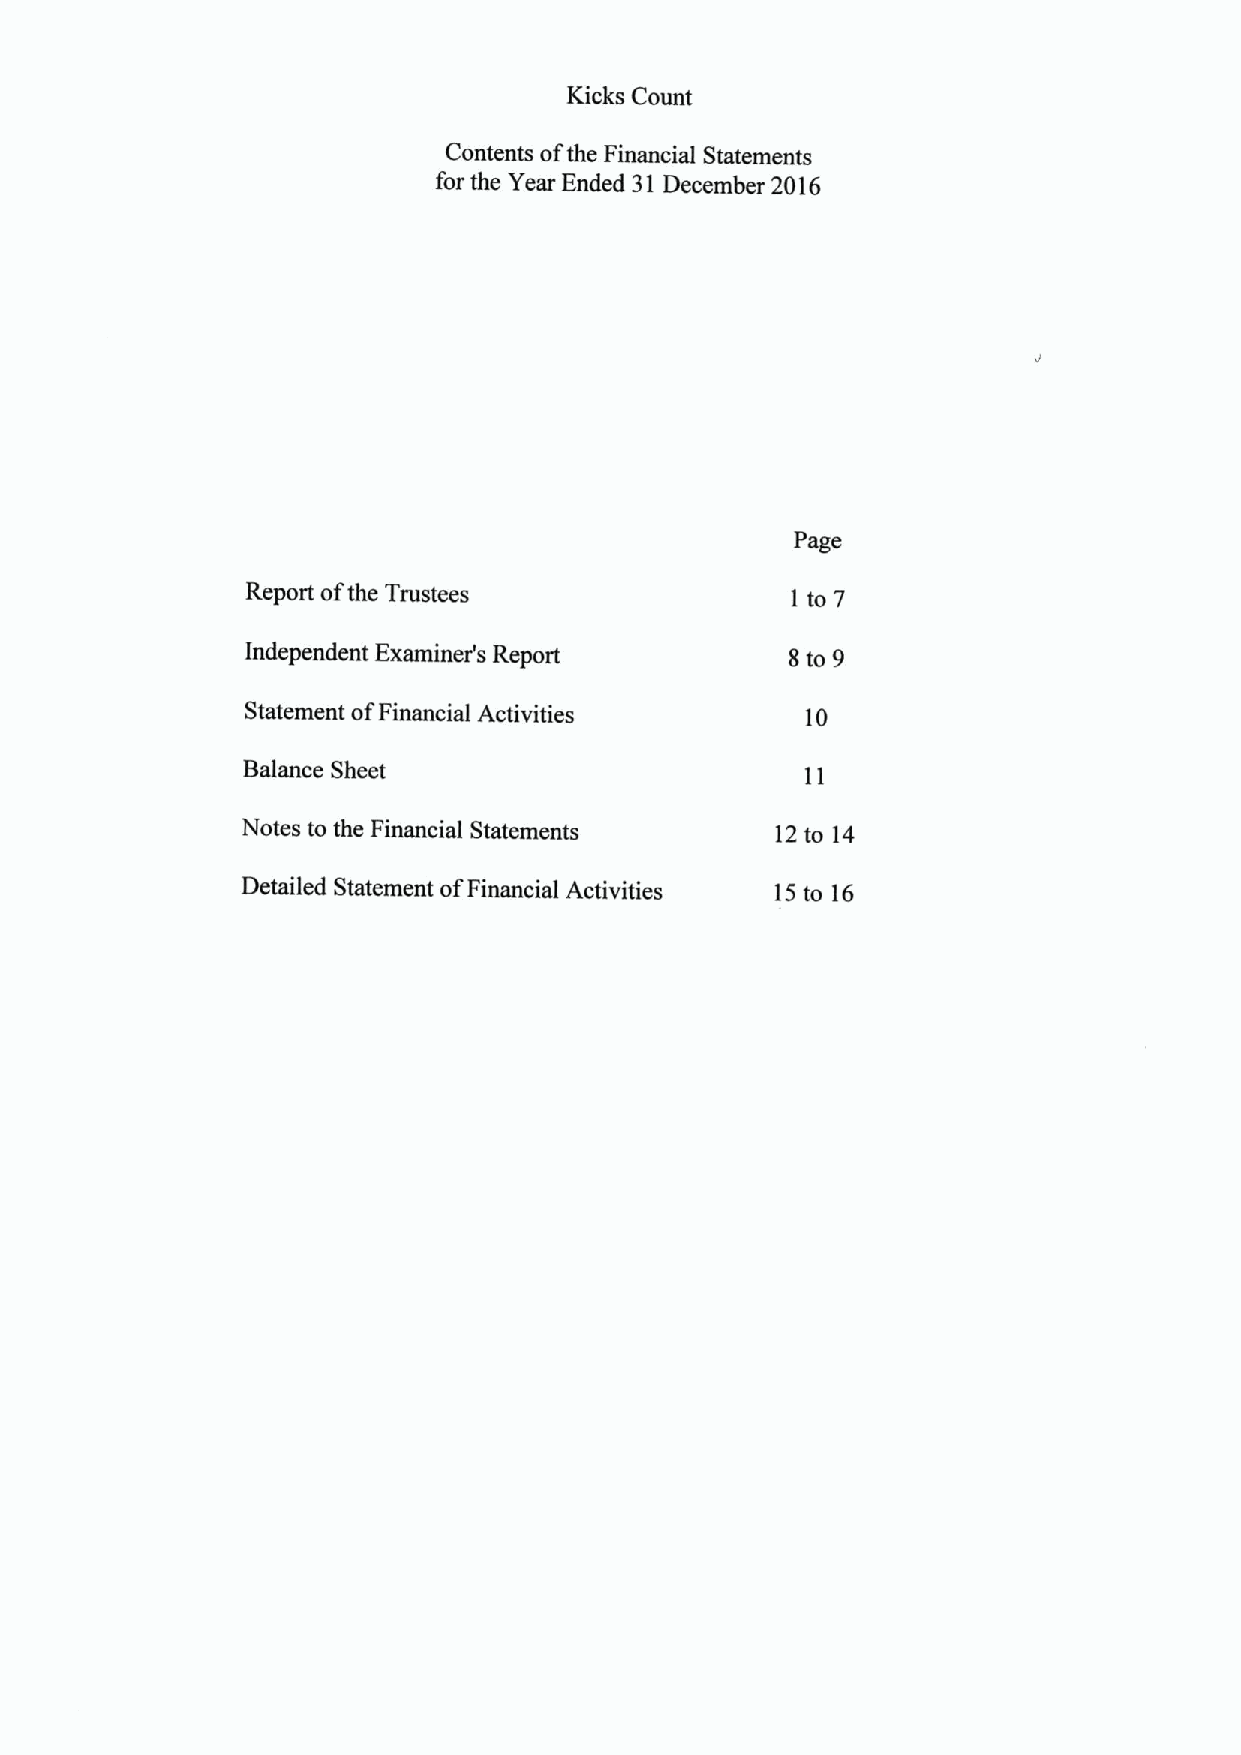
Kicks Count
 Contents ofthe Financial Statements
 for the Year Ended 31December 2016
 Page
 Report ofthe Trustees               I to 7
 Independent Examiner's Report       8to 9
 Statement ofFinancial Activities     10
 Balance Sheet
 Notes to the Financial Statements  12to 14
 Detailed Statement ofFinancial Activities 15to 16